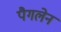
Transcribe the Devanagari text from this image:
पैगलेन